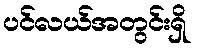
ပင်လယ်အတွင်းရှိ